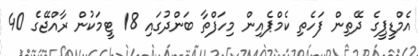
އެމްޑީޕީގެ ދޭތިން ފަހެތި ކެމްޕެއިން މިހަފްތާ ބަންދުގައި 18 ޓީމަކުން ރާއްޖޭގެ 40